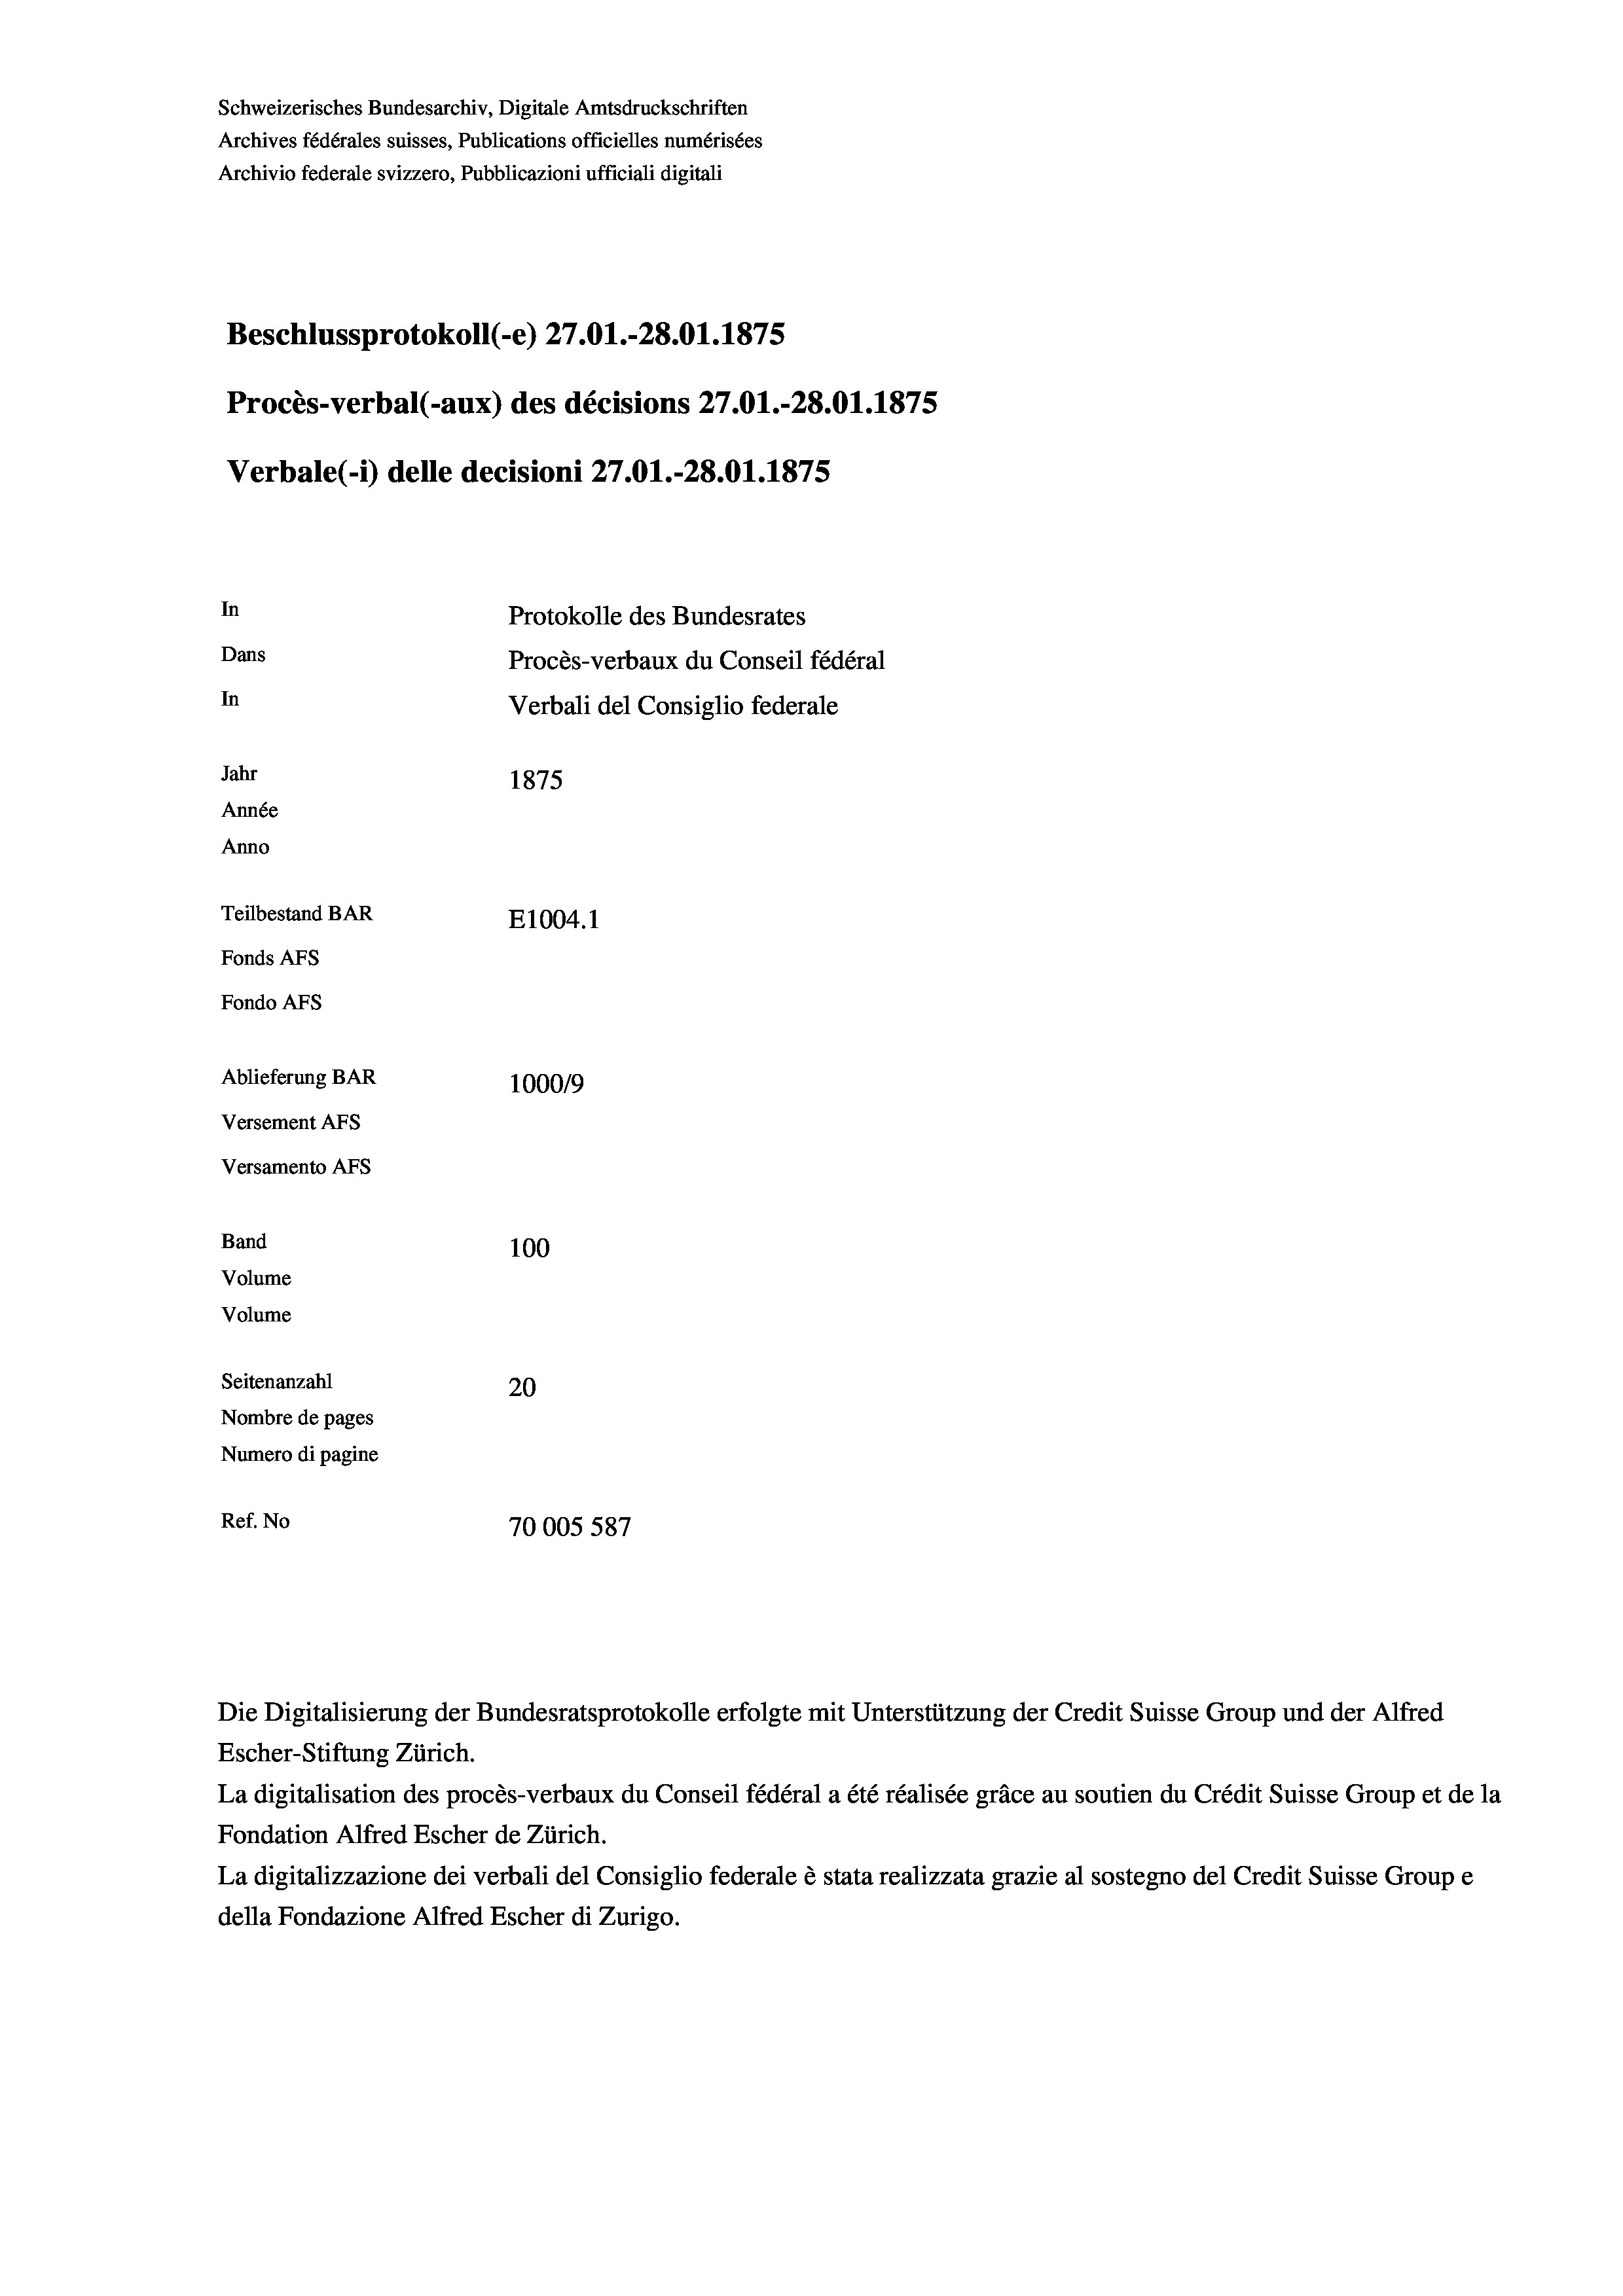
Schweizerisches Bundesarchiv, Digitale Amtsdruckschriften
Archives fédérales suisses, Publications officielles numérisées
Archivio federale svizzero, Pubblicazioni ufficiali digitali
Beschlussprotokoll (-e) 27.01.-28.01.1875
Procès-verbal (-aux) des décisions 27.O1.-28.01.1875
Verbale (- 1) delle decisioni 27.01.-28.01. 1875
In
Protokolle des Bundesrates
Dans
Procès-verbaux du Conseil fédéral
In
Verbali del Consiglio federale
Jahr
1875
Année
Anno
Teilbestand BAR
E1004. 1
Fonds AFs
Fondo Afs
Ablieferung BAR
100019
Versement AFs
Versamento AFs
Band
100
Volume
Volume

Seitenanzahl
20
Nombre de pages
Numero di pagine
Ref. No
70005 587

Die Digitalisierung der Bundesratsprotokolle erfolgte mit Unterstützung der Credit Suisse Group und der Alfred
Escher-Stiftung Zürich.
La digitalisation des procès-verbaux du Conseil fédéral a été réalisée gräce au soutien du Crédit Suisse Group et de la
Fondation Alfred Escher de Zürich.
La digitalizzazione dei verbali del Consiglio federale è stata realizzata grazie al sostegno del Credit Suisse Groupe
della Fondazione Alfred Escher di Zurigo.